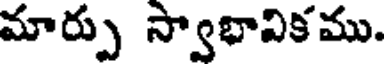
మార్పు స్వాభావికము.